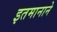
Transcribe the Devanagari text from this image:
इतमानाने